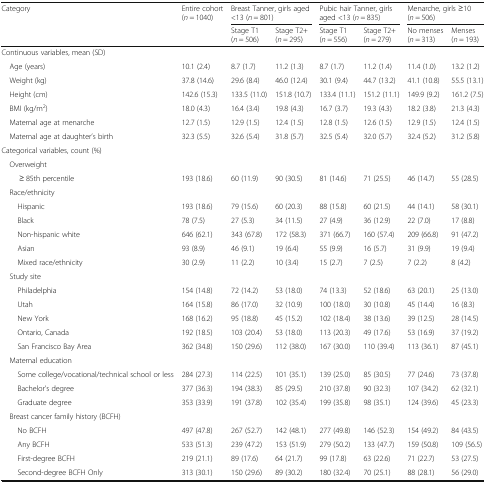
<table><thead><tr><td rowspan="2"><b>Category</b></td><td rowspan="2"><b>Entire cohort (<i>n</i> = 1040)</b></td><td colspan="2"><b>Breast Tanner, girls aged &lt;13 (<i>n</i> = 801)</b></td><td colspan="2"><b>Pubic hair Tanner, girls aged &lt;13 (<i>n</i> = 835)</b></td><td colspan="2"><b>Menarche, girls ≥10 (<i>n</i> = 506)</b></td></tr><tr><td><b>Stage T1(<i>n</i> = 506)</b></td><td><b>Stage T2+(<i>n</i> = 295)</b></td><td><b>Stage T1(<i>n</i> = 556)</b></td><td><b>Stage T2+(<i>n</i> = 279)</b></td><td><b>No menses(<i>n</i> = 313)</b></td><td><b>Menses(<i>n</i> = 193)</b></td></tr></thead><tbody><tr><td colspan="8">Continuous variables, mean (SD)</td></tr><tr><td> Age (years)</td><td>10.1 (2.4)</td><td>8.7 (1.7)</td><td>11.2 (1.3)</td><td>8.7 (1.7)</td><td>11.2 (1.4)</td><td>11.4 (1.0)</td><td>13.2 (1.2)</td></tr><tr><td> Weight (kg)</td><td>37.8 (14.6)</td><td>29.6 (8.4)</td><td>46.0 (12.4)</td><td>30.1 (9.4)</td><td>44.7 (13.2)</td><td>41.1 (10.8)</td><td>55.5 (13.1)</td></tr><tr><td> Height (cm)</td><td>142.6 (15.3)</td><td>133.5 (11.0)</td><td>151.8 (10.7)</td><td>133.4 (11.1)</td><td>151.2 (11.1)</td><td>149.9 (9.2)</td><td>161.2 (7.5)</td></tr><tr><td> BMI (kg/m<sup>2</sup>)</td><td>18.0 (4.3)</td><td>16.4 (3.4)</td><td>19.8 (4.3)</td><td>16.7 (3.7)</td><td>19.3 (4.3)</td><td>18.2 (3.8)</td><td>21.3 (4.3)</td></tr><tr><td> Maternal age at menarche</td><td>12.7 (1.5)</td><td>12.9 (1.5)</td><td>12.4 (1.5)</td><td>12.8 (1.5)</td><td>12.6 (1.5)</td><td>12.9 (1.5)</td><td>12.4 (1.5)</td></tr><tr><td> Maternal age at daughter’s birth</td><td>32.3 (5.5)</td><td>32.6 (5.4)</td><td>31.8 (5.7)</td><td>32.5 (5.4)</td><td>32.0 (5.7)</td><td>32.4 (5.2)</td><td>31.2 (5.8)</td></tr><tr><td colspan="8">Categorical variables, count (%)</td></tr><tr><td colspan="8"> Overweight</td></tr><tr><td>≥ 85th percentile</td><td>193 (18.6)</td><td>60 (11.9)</td><td>90 (30.5)</td><td>81 (14.6)</td><td>71 (25.5)</td><td>46 (14.7)</td><td>55 (28.5)</td></tr><tr><td colspan="8"> Race/ethnicity</td></tr><tr><td>Hispanic</td><td>193 (18.6)</td><td>79 (15.6)</td><td>60 (20.3)</td><td>88 (15.8)</td><td>60 (21.5)</td><td>44 (14.1)</td><td>58 (30.1)</td></tr><tr><td>Black</td><td>78 (7.5)</td><td>27 (5.3)</td><td>34 (11.5)</td><td>27 (4.9)</td><td>36 (12.9)</td><td>22 (7.0)</td><td>17 (8.8)</td></tr><tr><td>Non-hispanic white</td><td>646 (62.1)</td><td>343 (67.8)</td><td>172 (58.3)</td><td>371 (66.7)</td><td>160 (57.4)</td><td>209 (66.8)</td><td>91 (47.2)</td></tr><tr><td>Asian</td><td>93 (8.9)</td><td>46 (9.1)</td><td>19 (6.4)</td><td>55 (9.9)</td><td>16 (5.7)</td><td>31 (9.9)</td><td>19 (9.4)</td></tr><tr><td>Mixed race/ethnicity</td><td>30 (2.9)</td><td>11 (2.2)</td><td>10 (3.4)</td><td>15 (2.7)</td><td>7 (2.5)</td><td>7 (2.2)</td><td>8 (4.2)</td></tr><tr><td> Study site</td><td colspan="7"></td></tr><tr><td>Philadelphia</td><td>154 (14.8)</td><td>72 (14.2)</td><td>53 (18.0)</td><td>74 (13.3)</td><td>52 (18.6)</td><td>63 (20.1)</td><td>25 (13.0)</td></tr><tr><td>Utah</td><td>164 (15.8)</td><td>86 (17.0)</td><td>32 (10.9)</td><td>100 (18.0)</td><td>30 (10.8)</td><td>45 (14.4)</td><td>16 (8.3)</td></tr><tr><td>New York</td><td>168 (16.2)</td><td>95 (18.8)</td><td>45 (15.2)</td><td>102 (18.4)</td><td>38 (13.6)</td><td>39 (12.5)</td><td>28 (14.5)</td></tr><tr><td>Ontario, Canada</td><td>192 (18.5)</td><td>103 (20.4)</td><td>53 (18.0)</td><td>113 (20.3)</td><td>49 (17.6)</td><td>53 (16.9)</td><td>37 (19.2)</td></tr><tr><td>San Francisco Bay Area</td><td>362 (34.8)</td><td>150 (29.6)</td><td>112 (38.0)</td><td>167 (30.0)</td><td>110 (39.4)</td><td>113 (36.1)</td><td>87 (45.1)</td></tr><tr><td colspan="8"> Maternal education</td></tr><tr><td>Some college/vocational/technical school or less</td><td>284 (27.3)</td><td>114 (22.5)</td><td>101 (35.1)</td><td>139 (25.0)</td><td>85 (30.5)</td><td>77 (24.6)</td><td>73 (37.8)</td></tr><tr><td>Bachelor’s degree</td><td>377 (36.3)</td><td>194 (38.3)</td><td>85 (29.5)</td><td>210 (37.8)</td><td>90 (32.3)</td><td>107 (34.2)</td><td>62 (32.1)</td></tr><tr><td>Graduate degree</td><td>353 (33.9)</td><td>191 (37.8)</td><td>102 (35.4)</td><td>199 (35.8)</td><td>98 (35.1)</td><td>124 (39.6)</td><td>45 (23.3)</td></tr><tr><td colspan="8"> Breast cancer family history (BCFH)</td></tr><tr><td>No BCFH</td><td>497 (47.8)</td><td>267 (52.7)</td><td>142 (48.1)</td><td>277 (49.8)</td><td>146 (52.3)</td><td>154 (49.2)</td><td>84 (43.5)</td></tr><tr><td>Any BCFH</td><td>533 (51.3)</td><td>239 (47.2)</td><td>153 (51.9)</td><td>279 (50.2)</td><td>133 (47.7)</td><td>159 (50.8)</td><td>109 (56.5)</td></tr><tr><td>First-degree BCFH</td><td>219 (21.1)</td><td>89 (17.6)</td><td>64 (21.7)</td><td>99 (17.8)</td><td>63 (22.6)</td><td>71 (22.7)</td><td>53 (27.5)</td></tr><tr><td>Second-degree BCFH Only</td><td>313 (30.1)</td><td>150 (29.6)</td><td>89 (30.2)</td><td>180 (32.4)</td><td>70 (25.1)</td><td>88 (28.1)</td><td>56 (29.0)</td></tr></tbody></table>